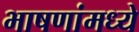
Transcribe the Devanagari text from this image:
भाषणांमध्ये